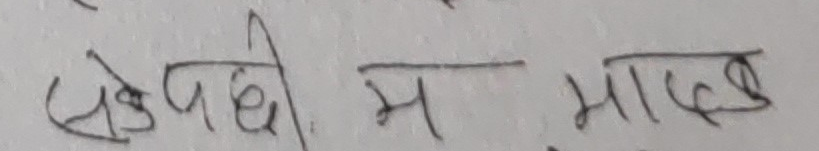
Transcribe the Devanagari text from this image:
सकेपछि म माछ